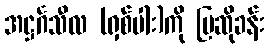
အဋ္ဌင်္ဂသီလ (ရှစ်ပါး)ကို ပြဆိုခန်း